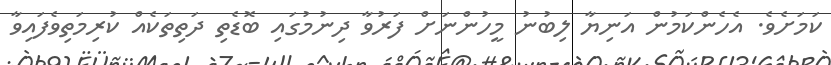
ކަމަށެވެ. އެހެންކަމުން އަނިޔާ ލިބުނު މީހުންނަށް ފަރުވާ ދިނުމުގައި ބޮޑެތި ދަތިތަކެއް ކުރިމަތިވެފައިވާ